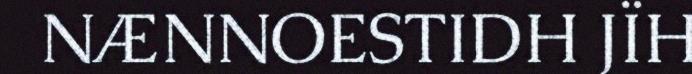
NÆNNOESTIDH JÏH